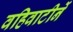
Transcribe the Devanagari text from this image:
वहिवाटीनें